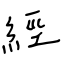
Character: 經